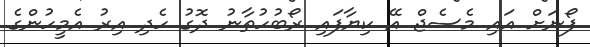
ފޯނަށް އައި މެސެޖް އޭ ކިޔާފައި ރޯބުހުތާނު ދޮގު ހެދި އިރު އެމީހުންގެ